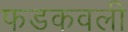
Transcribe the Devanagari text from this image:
फडकवली